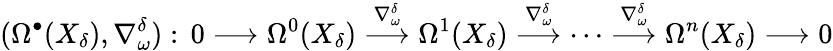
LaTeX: (\Omega^{\bullet}(X_{\delta}),\nabla_{\omega}^{\delta}):\, 0\longrightarrow\Omega^{0}(X_{\delta})\overset{\nabla_{\omega}^{\delta}}{\longrightarrow}\Omega^{1}(X_{\delta})\overset{\nabla_{\omega}^{\delta}}{\longrightarrow}\cdots\overset{\nabla_{\omega}^{\delta}}{\longrightarrow}\Omega^{n}(X_{\delta})\longrightarrow 0